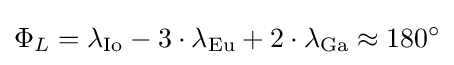
\Phi _{L}=\lambda _{\rm {Io}}-3\cdot \lambda _{\rm {Eu}}+2\cdot \lambda _{\rm {Ga}}\approx 180^{\circ }